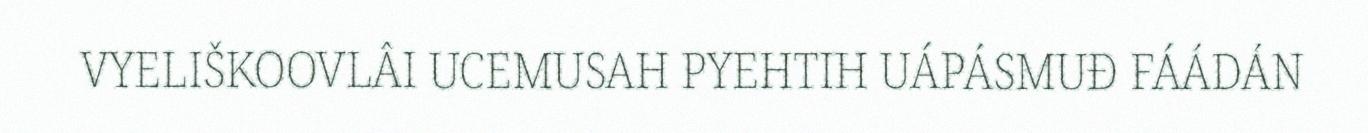
VYELIŠKOOVLÂI UCEMUSAH PYEHTIH UÁPÁSMUĐ FÁÁDÁN